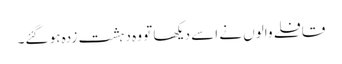
قافلے والوں نے اسے دیکھا تو وہ دہشت زدہ ہو گئے۔